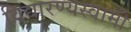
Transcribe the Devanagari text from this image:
विद्यारण्यस्वामी